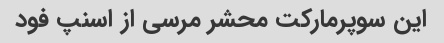
این سوپرمارکت محشر مرسی از اسنپ فود